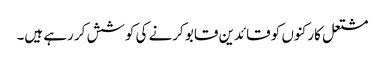
مشتعل کارکنوں کو قائدین قابو کرنے کی کوشش کر رہے ہیں۔